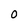
Character: O